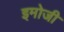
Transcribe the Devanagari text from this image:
इमोजी